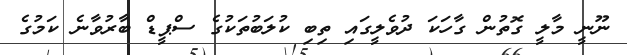
ނޫނީ މާލީ ގޮތުން ގާހަކަ ދުވެލީގައި ތިބި ކުލަބުތަކުގެ ސްޕީޑް ބާރުވާނެ ކަމުގެ